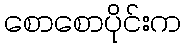
စောစောပိုင်းက